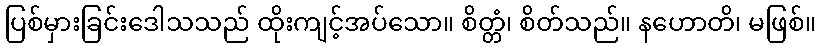
ပြစ်မှားခြင်းဒေါသသည် ထိုးကျင့်အပ်သော။ စိတ္တံ၊ စိတ်သည်။ နဟောတိ၊ မဖြစ်။